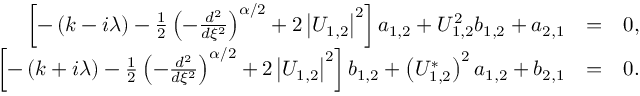
\begin{array} { r l r } { \left[ - \left( k - i \lambda \right) - \frac { 1 } { 2 } \left( - \frac { d ^ { 2 } } { d \xi ^ { 2 } } \right) ^ { \alpha / 2 } + 2 \left\vert U _ { 1 , 2 } \right\vert ^ { 2 } \right] a _ { 1 , 2 } + U _ { 1 , 2 } ^ { 2 } b _ { 1 , 2 } + a _ { 2 , 1 } } & { = } & { 0 , } \\ { \left[ - \left( k + i \lambda \right) - \frac { 1 } { 2 } \left( - \frac { d ^ { 2 } } { d \xi ^ { 2 } } \right) ^ { \alpha / 2 } + 2 \left\vert U _ { 1 , 2 } \right\vert ^ { 2 } \right] b _ { 1 , 2 } + \left( U _ { 1 , 2 } ^ { \ast } \right) ^ { 2 } a _ { 1 , 2 } + b _ { 2 , 1 } } & { = } & { 0 . } \end{array}